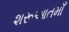
શરૂઆતમાઁ